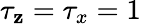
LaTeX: \tau_{\mathbf{z}}=\tau_{x}=1